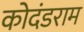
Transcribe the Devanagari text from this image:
कोदंडराम